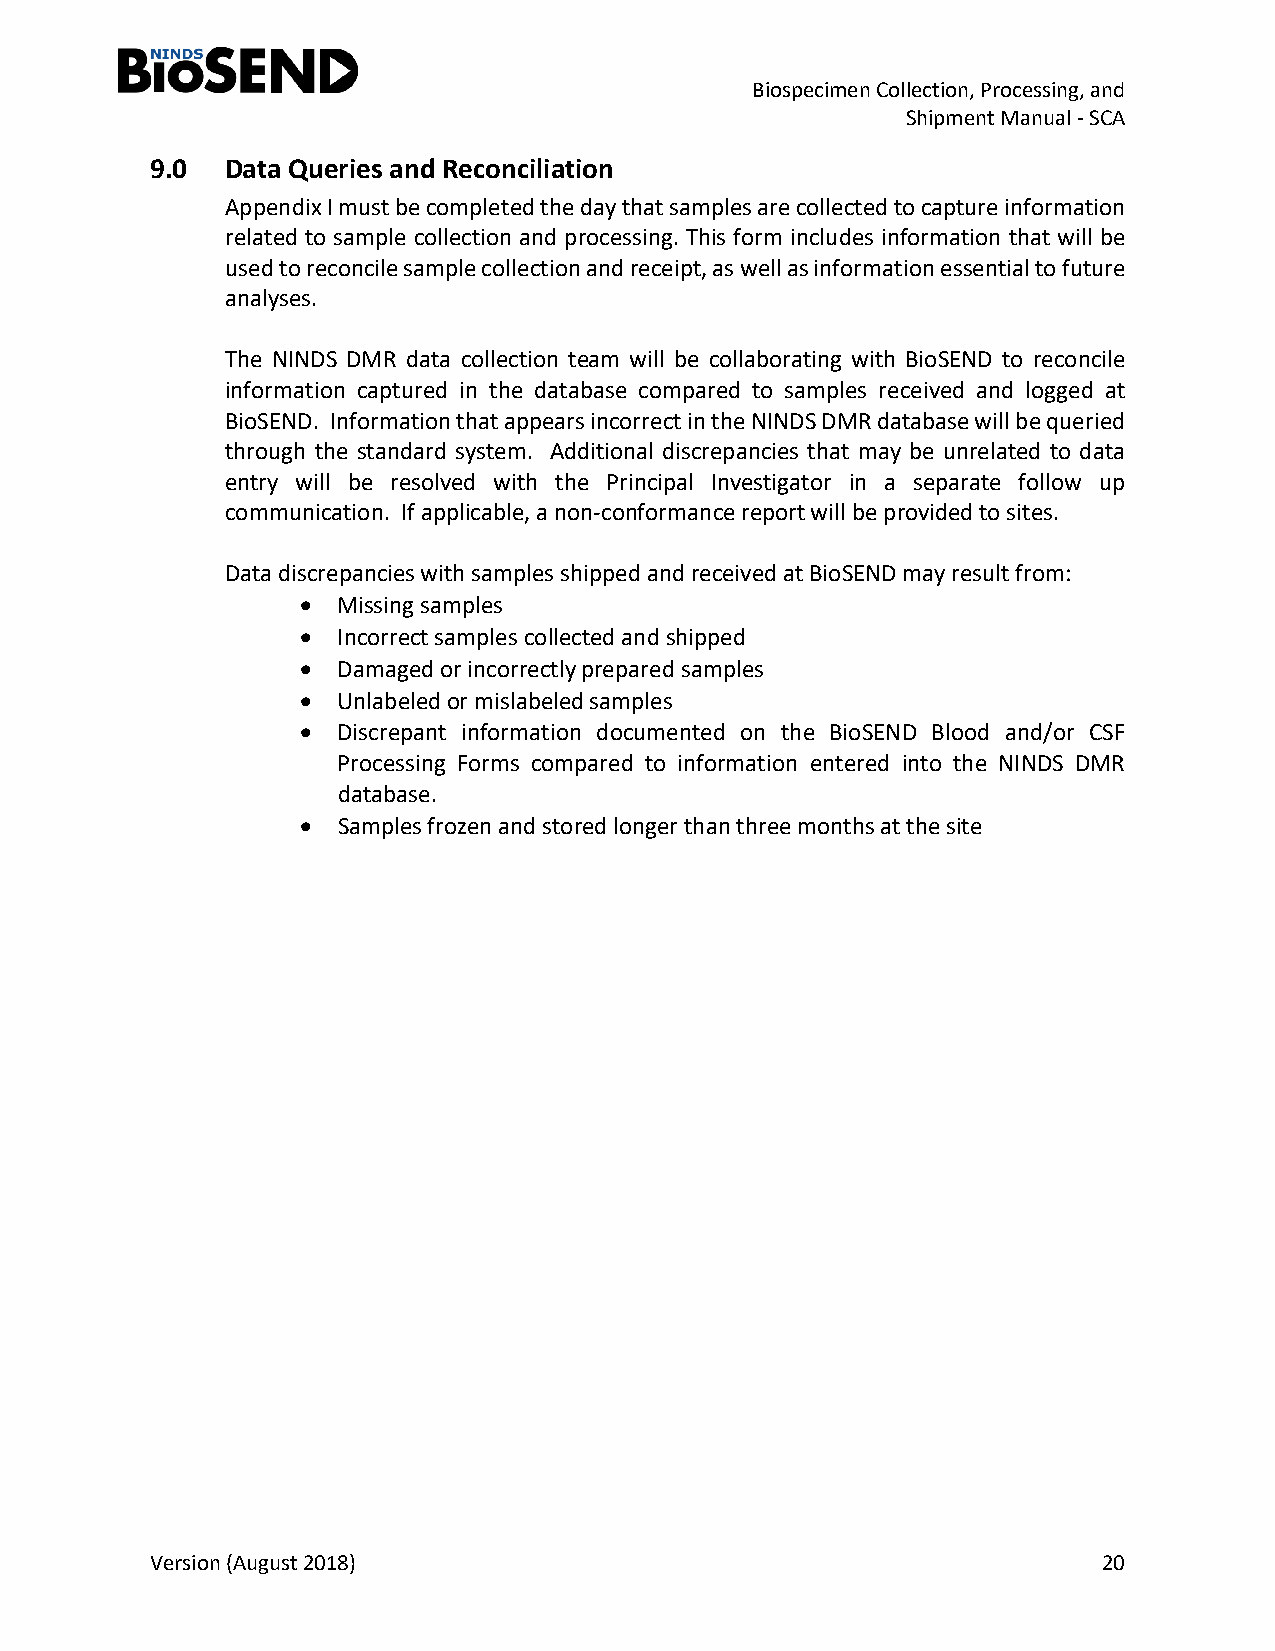
Biospecimen Collection, Processing, and
 Shipment Manual - SCA
 9.0  Data Queries and Reconciliation
 Appendix I must be completed the day that samples are collected to capture information
 related to sample collection and processing. This form includes information that will be
 used to reconcile sample collection and receipt, as well as information essential to future
 analyses.
 The NINDS DMR data collection team will be collaborating with BioSEND to reconcile
 information captured in the database compared to samples received and logged at
 BioSEND. Information that appears incorrect in the NINDS DMR database will be queried
 through the standard system. Additional discrepancies that may be unrelated to data
 entry will be resolved with the Principal Investigator in a separate follow up
 communication. If applicable, a non-conformance report will be provided to sites.
 Data discrepancies with samples shipped and received at BioSEND may result from:
 • Missing samples
 • Incorrect samples collected and shipped
 • Damaged or incorrectly prepared samples
 • Unlabeled or mislabeled samples
 • Discrepant information documented on the BioSEND Blood and/or CSF
 Processing Forms compared to information entered into the NINDS DMR
 database.
 • Samples frozen and stored longer than three months at the site
 Version (August 2018)                                          20